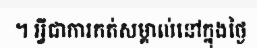
។ អ្វីជាការកត់សម្គាល់នៅក្នុងថ្ងៃ